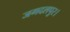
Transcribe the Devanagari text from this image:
जगदलपुर।